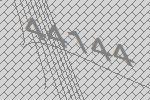
44144